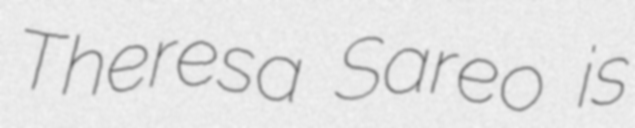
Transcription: Theresa Sareo is